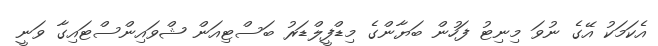
އެކަމަކު އޭގެ ނުވަ މިނިޓު ފަހުން ބަޔާންގެ މިޑްފީލްޑަރު ބަސްޓިއަން ޝްވައިންސްޓައިގާ ވަނީ